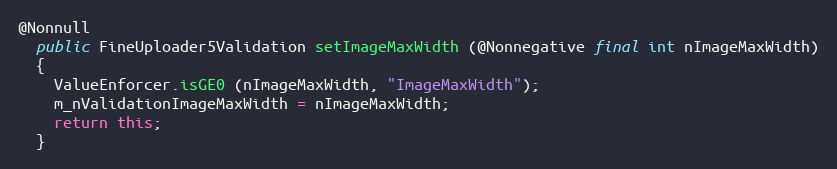
Language: Java
@Nonnull
  public FineUploader5Validation setImageMaxWidth (@Nonnegative final int nImageMaxWidth)
  {
    ValueEnforcer.isGE0 (nImageMaxWidth, "ImageMaxWidth");
    m_nValidationImageMaxWidth = nImageMaxWidth;
    return this;
  }